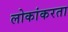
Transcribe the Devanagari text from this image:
लोकांकरता